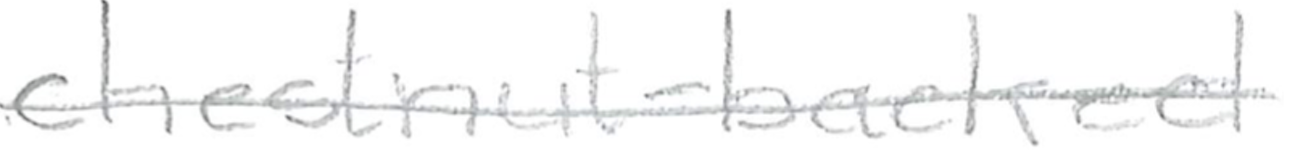
Text: chestnut-backed
Cross-out: mix
Writing tool: pencil